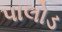
પાલોડ